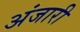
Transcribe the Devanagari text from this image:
अंजारी